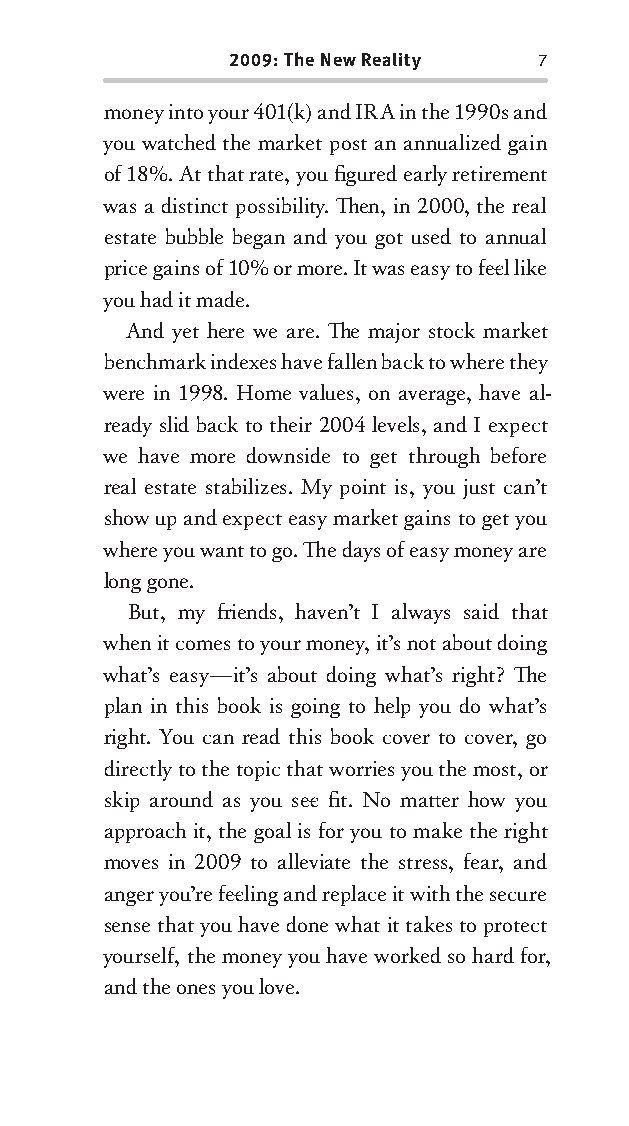
2009: The New Reality 7
 money into your 401(k) and IRA in the 1990s and
 you watched the market post an annualized gain
 of 18%. At that rate, you fi gured early retirement
 was a distinct possibility . Th en, in 2000, the real
 estate bubble began and you got used to annual
 price gains of 10% or more. It was easy to fee l like
 you had it made.
 And yet here we are. Th e major stock market
 benchmark indexes have fallen back to where they
 were in 1998. Home values, on average, have al-
 ready slid back to their 2004 levels, and I expect
 we have more downside to get through before
 real estate stabilizes. My point is, you just can’t
 show up and expect easy market gains to get you
 where you want to go. Th e days of easy money are
 long gone.
 But, my fr iends, haven’t I always said that
 when it comes to your money, it’s not about doing
 what’s easy—it’s about doing what’s right? Th e
 plan in this book is going to help you do what’s
 right. You can read this book cover to cover, go
 directly to the topic that worries you the most, or
 skip around as you see fi t. No matt er how you
 approach it, the goal is for you to make the right
 moves in 2009 to alleviate the stress, fear, and
 anger you’re fee ling and replace it with the secure
 sense that you have done what it takes to protect
 yourself, the money you have worked so hard for,
 and the ones you love.
 OOrrmmaa__99778800338855553300993344__44pp__aallll__rr11..iinndddd 77 1122//33//0088 99::3300::5577 AAMM